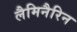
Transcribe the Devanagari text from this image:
लैमिनैरिन